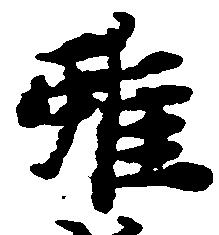
雖